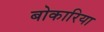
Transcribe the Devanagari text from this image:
बोकारिया